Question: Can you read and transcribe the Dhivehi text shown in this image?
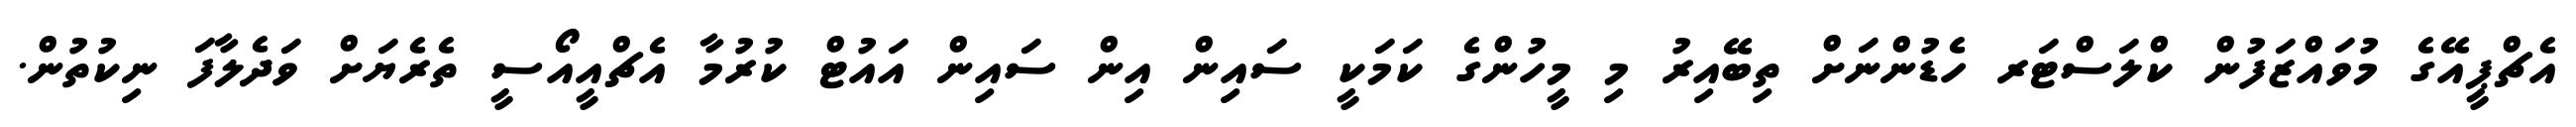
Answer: އެޗްޕީއޭގެ މުވައްޒަފުން ކްލަސްޓަރ ހެޑުންނަށް ތިބޭއިރު މި މީހުންގެ ކަމަކީ ސައިން އިން ސައިން އައުޓް ކުރުމާ އެޗްއީއޯސީ ތެރެޔަށް ވަދެލާފަ ނިކުތުން.